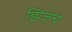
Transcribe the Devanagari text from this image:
झिजेचे